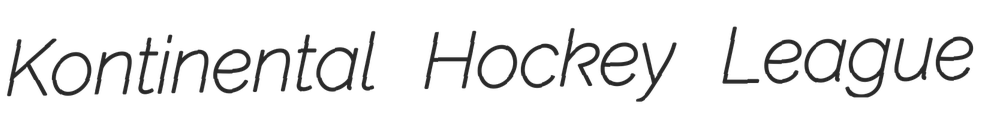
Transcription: Kontinental Hockey League